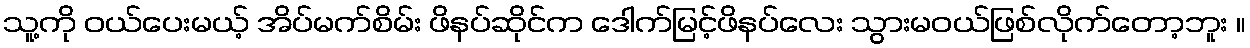
သူ့ကို ဝယ်ပေးမယ့် အိပ်မက်စိမ်း ဖိနပ်ဆိုင်က ဒေါက်မြင့်ဖိနပ်လေး သွားမဝယ်ဖြစ်လိုက်တော့ဘူး ။